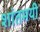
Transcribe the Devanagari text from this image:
शांतमयी